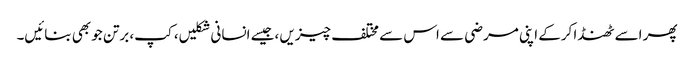
پھر اسے ٹھنڈا کرکے اپنی مرضی سے اس سے مختلف چیزیں ،جیسے انسانی شکلیں، کپ، برتن جو بھی بنائیں۔